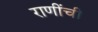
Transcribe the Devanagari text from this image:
राणींची